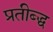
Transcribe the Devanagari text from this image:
प्रतीब्द्ध